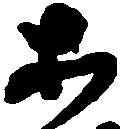
等